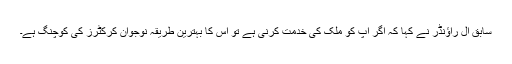
سابق آل راؤنڈر نے کہا کہ اگر آپ کو ملک کی خدمت کرنی ہے تو اس کا بہترین طریقہ نوجوان کرکٹرز کی کوچنگ ہے۔